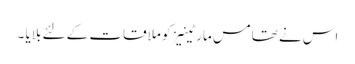
اس نے تھامس مارٹینیز کو ملاقات کے لئے بلایا ۔